Report on the working of the Ranchi Indian Mental Hospital, Kanke, in Bihar and Orissa - 1930-1940
Year: 1930
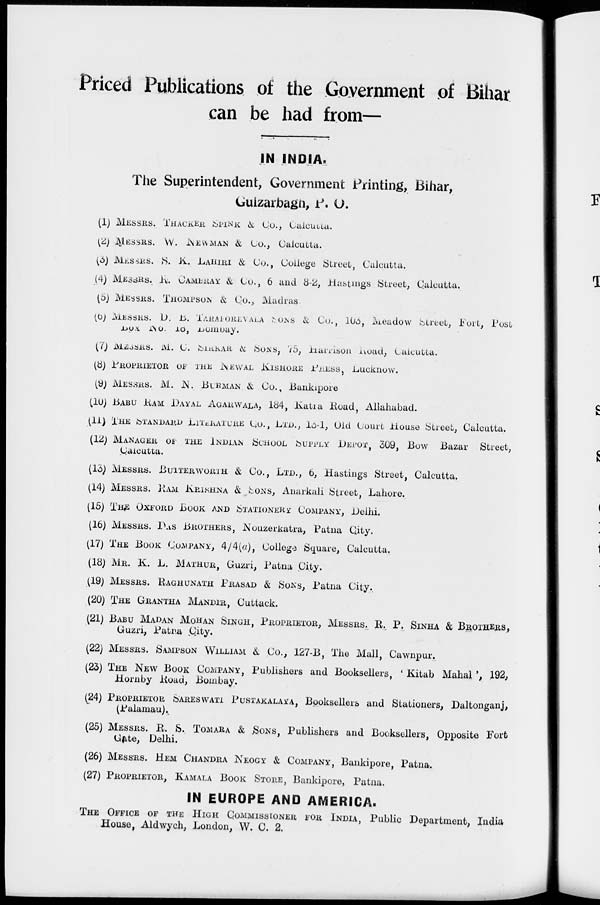
Priced Publications of the Government of Bihar
can be had from—
IN INDIA.
The Superintendent, Government Printing, Bihar,
Gulzarbagh, P. O.
(1) MESSRS. THACKER, SPINK & Co., Calcutta.
(2) MESSRS. W. NEWMAN & Co., Calcutta.
(3) MESSRS. S. K. LAHIRI & Co., College Street, Calcutta.
(4) MESSRS. R. CAMBRAY & Co., 6 and 8-2, Hastings Street, Calcutta.
(5) MESSRS. THOMPSON & Co., Madras.
(6) MESSRS. D., B. TARAPOREVALA SONS & Co., 103, Meadow Street, Fort, Post
Box
No. 18, Bombay.
(7) MESSRS. M. C. SIRKAR & SONS, 75, Harrison Road, Calcutta.
(8) PROPRIETOR OF THE NEWAL KISHORE PRESS, Lucknow.
(9) MESSRS. M. N. BURMAN & Co., Bankipore
(10) BABU RAM DAYAL AGARWALA, 184, Katra Road, Allahabad.
(11) THE STANDARD LITERATURE Co., LTD., 13-1, Old Court House Street, Calcutta.
(12) MANAGER OF THE INDIAN SCHOOL SUPPLY DEPOT, 309, Bow Bazar Street,
Calcutta.
(13) MESSRS. BUTTERWORTH & Co., LTD., 6, Hastings Street, Calcutta.
(14) MESSRS. RAM KRISHNA & SONS, Anarkali Street, Lahore.
(15) THE OXFORD BOOK AND STATIONERY COMPANY, Delhi.
(16) MESSRS. DAS BROTHERS, Nouzerkatra, Patna City.
(17) THE BOOK COMPANY, 4/4(a), College Square, Calcutta.
(18) MR. K. L. MATHUR, Guzri, Patna City.
(19) MESSRS. RAGHUNATH PRASAD & SONS, Patna City.
(20) THE GRANTHA MANDIR, Cuttack.
(21) BABU MADAN MOHAN SINGH, PROPRIETOR, MESSRS. R. P. SINHA & BROTHERS,
Guzri, Patna City.
22) MESSRS. SAMPSON WILLIAM & Co., 127-B, The Mall, Cawnpur.
(23) THE NEW BOOK COMPANY, Publishers and Booksellers, ' Kitab Mahal', 192,
Hornby Road, Bombay.
(24) PROPRIETOR SARESWATI PUSTAKALAYA, Booksellers and Stationers, Daltonganj,
(Palamau).
(25) MESSRS. R. S. TOMARA & SONS, Publishers and Booksellers, Opposite Fort
Gate, Delhi.
(26) MESSRS. HEM CHANDRA NEOGY & COMPANY, Bankipore, Patna.
(27) PROPRIETOR, KAMALA BOOK STORE, Bankipore, Patna.
IN EUROPE AND AMERICA.
THE OFFICE OF THE HIGH COMMISSIONER FOR INDIA, Public Department, India
House, Aldwych, London, W. C. 2.